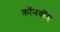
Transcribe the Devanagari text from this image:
कॉनवॉय